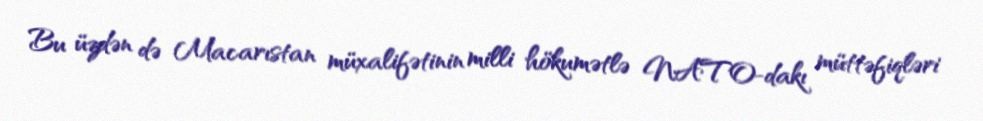
Bu üzdən də Macarıstan müxalifətinin milli hökumətlə NATO-dakı müttəfiqləri